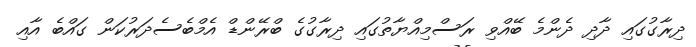
ދިރާގުގައި ދާދި ދެންމެ ބޭއްވި ރަސްމިއްޔާތުގައި ދިރާގުގެ ބްރޭންޑް އެމްބެސެދަރުކަން ގައްބެ އާއި